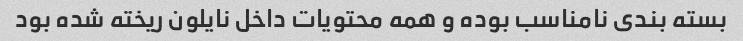
بسته بندی نامناسب بوده و همه محتویات داخل نایلون ریخته شده بود